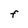
Character: F